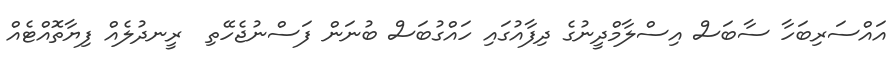
އައްސަރިބަހާ ސާބަސް އިސްލާމްދީނުގެ ދިފާއުގައި ހައްގުބަސް ބުނަން ފަސްނުޖެހޭތި  ރީނދުލެއް ފިޔާތޮއްޓެއް